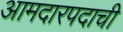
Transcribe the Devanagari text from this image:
आमदारपदाची